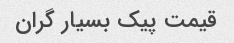
قیمت پیک بسیار گران